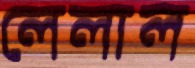
লেলাল